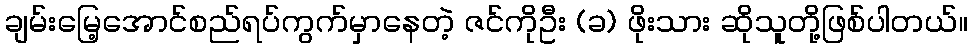
ချမ်းမြေ့အောင်စည်ရပ်ကွက်မှာနေတဲ့ ဇင်ကိုဦး (ခ) ဖိုးသား ဆိုသူတို့ဖြစ်ပါတယ်။